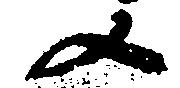
又